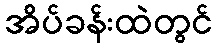
အိပ်ခန်းထဲတွင်